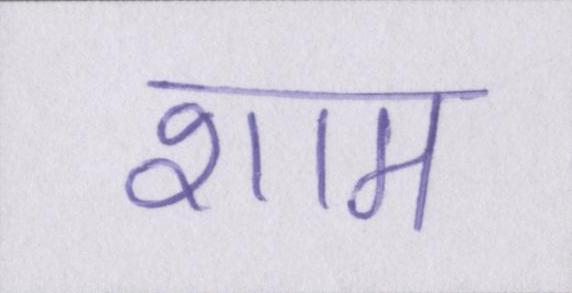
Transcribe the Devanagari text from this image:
शाम